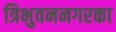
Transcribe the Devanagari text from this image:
त्रिभुवननगरका